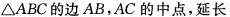
\bigtriangleupABC的边AB，AC的中点，延